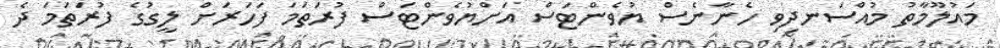
މައުލޫމާތު މުއްސަނދިވި ހެނާނެސް ޔުވެންޓަސް އަށްޔުވެންޓަސް ފުރަތަމަ ފަހަރަށް ލީގުގެ ފުރަތަމަ ދެ